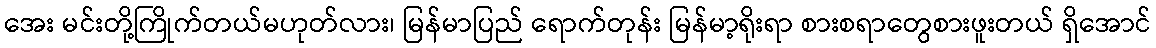
အေး မင်းတို့ကြိုက်တယ်မဟုတ်လား၊ မြန်မာပြည် ရောက်တုန်း မြန်မာ့ရိုးရာ စားစရာတွေစားဖူးတယ် ရှိအောင်